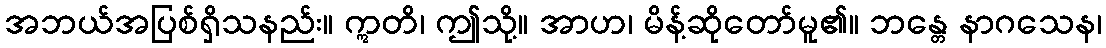
အဘယ်အပြစ်ရှိသနည်း။ ဣတိ၊ ဤသို့။ အာဟ၊ မိန့်ဆိုတော်မူ၏။ ဘန္တေ နာဂသေန၊